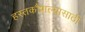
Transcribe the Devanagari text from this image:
हस्तकौशल्यासाठी